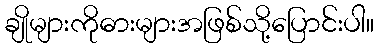
ချိုများကိုဓားများအဖြစ်သို့ပြောင်းပါ။